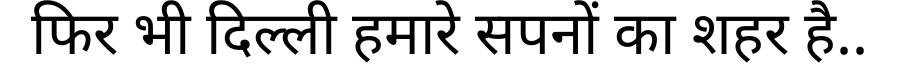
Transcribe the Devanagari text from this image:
फिर भी दिल्ली हमारे सपनों का शहर है..